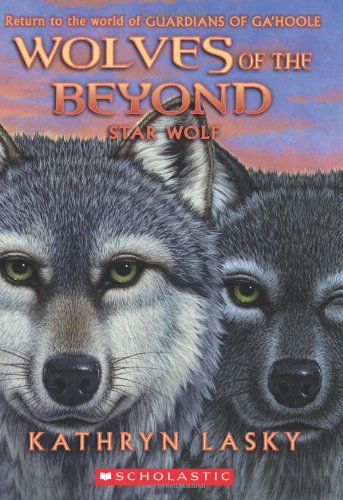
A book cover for Wolves of the Beyond #6: Star Wolf; Kathryn Lasky; Children's Books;